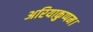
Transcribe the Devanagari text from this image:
अरियाकुप्पम।